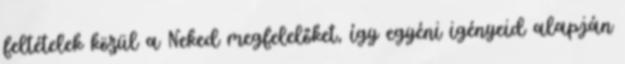
feltételek közül a Neked megfelelőket, így egyéni igényeid alapján